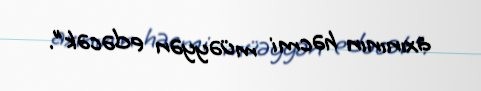
axınının həcmi müəyyən edəcək".